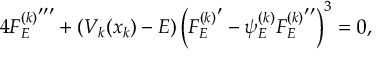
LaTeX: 4 { { \cal F } _ { E } ^ { ( k ) } } ^ { \prime \prime \prime } + ( V _ { k } ( x _ { k } ) - E ) \left( { { \cal F } _ { E } ^ { ( k ) } } ^ { \prime } - \psi _ { E } ^ { ( k ) } { { \cal F } _ { E } ^ { ( k ) } } ^ { \prime \prime } \right) ^ { 3 } = 0 ,